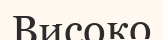
Високо